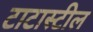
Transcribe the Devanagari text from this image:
टाटास्‍टील